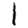
Digit: 1